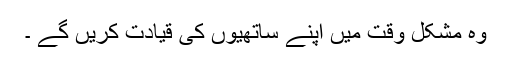
وہ مشکل وقت میں اپنے ساتھیوں کی قیادت کریں گے ۔